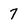
Character: 7